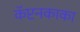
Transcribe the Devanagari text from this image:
कॅप्टनकाका